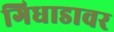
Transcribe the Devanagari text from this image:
गिधाडावर